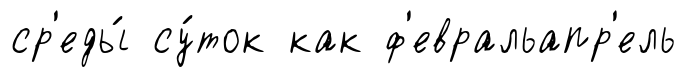
ср'еды́ су́ток как ф'евральапр'ель